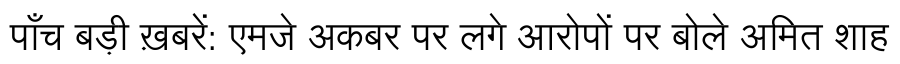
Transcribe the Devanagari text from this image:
पाँच बड़ी ख़बरें: एमजे अकबर पर लगे आरोपों पर बोले अमित शाह